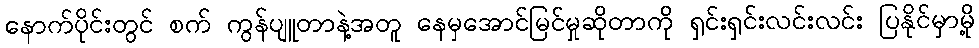
နောက်ပိုင်းတွင် စက် ကွန်ပျူတာနဲ့အတူ နေမှအောင်မြင်မှုဆိုတာကို ရှင်းရှင်းလင်းလင်း ပြနိုင်မှာမို့